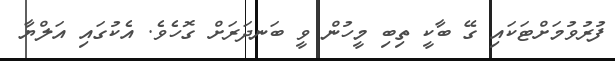
ފުރުވުމަށްޓަކައި ގޭ ބާކީ ތިބި މީހުން ވީ ބަނދަރަށް ގޮހެވެ. އެކުގައި އަލްޔާ